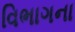
વિભાગના